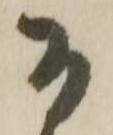
そ